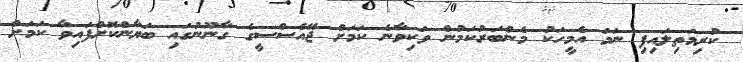
ކުރިމަތިލައިފި ނަމަ އެމީހަކު މެންބަރުކަމުން ވަކިވާނެ ކަމަށް ޖޭއެސްސީގެ ގާނޫނުގައި ބަޔާންކޮށްފައިވާ ކަމަށް